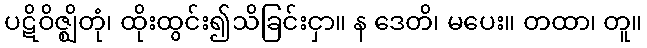
ပဋိဝိဇ္ဈိတုံ၊ ထိုးထွင်း၍သိခြင်းငှာ။ န ဒေတိ၊ မပေး။ တထာ၊ တူ။